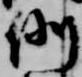
例